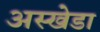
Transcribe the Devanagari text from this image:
अस्खेडा